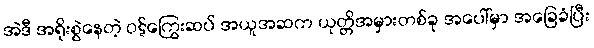
အဲဒီ အရိုးစွဲနေတဲ့ ဝဋ်ကြွေးဆပ် အယူအဆက ယုတ္တိအမှားတစ်ခု အပေါ်မှာ အခြေခံပြီး